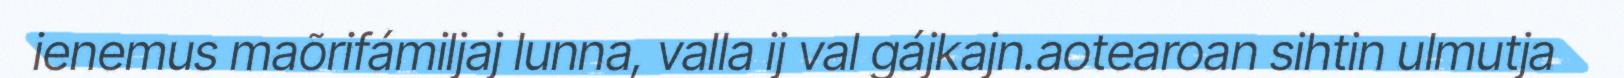
ienemus maõrifámiljaj lunna, valla ij val gájkajn.aotearoan sihtin ulmutja